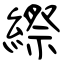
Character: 縩